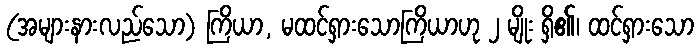
(အများနားလည်သော) ကြိယာ, မထင်ရှားသောကြိယာဟု ၂ မျိုး ရှိ၏၊ ထင်ရှားသော